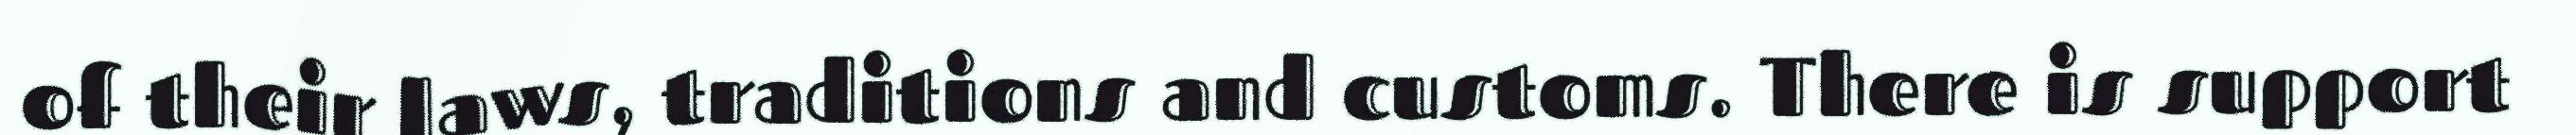
of their laws, traditions and customs. There is support